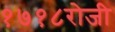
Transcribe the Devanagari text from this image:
१७१८रोजी